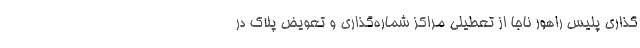
گذاری پلیس راهور ناجا از تعطیلی مراکز شماره‌گذاری و تعویض پلاک در